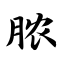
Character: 脓